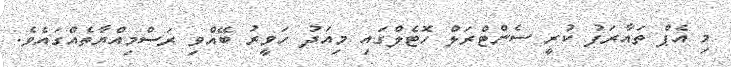
މި އެޕް ތައާރަފު ކުރީ ސެންޓްރަލް ހޮޓެލްގައި މިއަދު ހަވީރު ބޭއްވި ރަސްމިއްޔާތެއްގައެވެ.